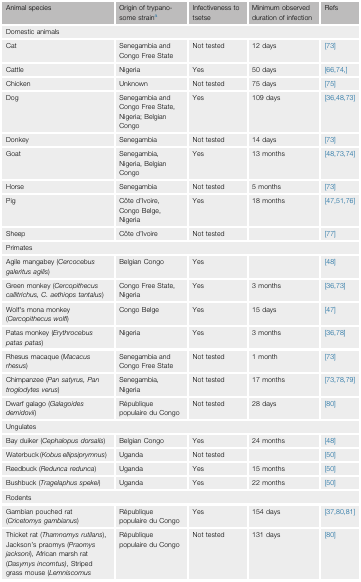
<table><thead><tr><td><b>Animal species</b></td><td><b>Origin of trypanosome straina</b></td><td><b>Infectiveness to tsetse</b></td><td><b>Minimum observed duration of infection</b></td><td><b>Refs</b></td></tr></thead><tbody><tr><td colspan="5">Domestic animals</td></tr><tr><td>Cat</td><td>Senegambia and Congo Free State</td><td>Not tested</td><td>12 days</td><td>[73]</td></tr><tr><td>Cattle</td><td>Nigeria</td><td>Yes</td><td>50 days</td><td>66, 74</td></tr><tr><td>Chicken</td><td>Unknown</td><td>Not tested</td><td>75 days</td><td>[75]</td></tr><tr><td>Dog</td><td>Senegambia and Congo Free State, Nigeria; Belgian Congo</td><td>Yes</td><td>109 days</td><td>36, 48, 73</td></tr><tr><td>Donkey</td><td>Senegambia</td><td>Not tested</td><td>14 days</td><td>[73]</td></tr><tr><td>Goat</td><td>Senegambia, Nigeria, Belgian Congo</td><td>Yes</td><td>13 months</td><td>48, 73, 74</td></tr><tr><td>Horse</td><td>Senegambia</td><td>Not tested</td><td>5 months</td><td>[73]</td></tr><tr><td>Pig</td><td>Côte d’Ivoire, Congo Belge, Nigeria</td><td>Yes</td><td>18 months</td><td>47, 51, 76</td></tr><tr><td>Sheep</td><td>Côte d’Ivoire</td><td>Not tested</td><td></td><td>[77]</td></tr><tr><td colspan="5">Primates</td></tr><tr><td>Agile mangabey (<i>Cercocebus galeritus agilis</i>)</td><td>Belgian Congo</td><td>Yes</td><td></td><td>[48]</td></tr><tr><td>Green monkey (<i>Cercopithecus callitrichus, C. aethiops tantalus</i>)</td><td>Congo Free State, Nigeria</td><td>Yes</td><td>3 months</td><td>36, 73</td></tr><tr><td>Wolf&#x27;s mona monkey (<i>Cercopithecus wolfi</i>)</td><td>Congo Belge</td><td>Yes</td><td>15 days</td><td>[47]</td></tr><tr><td>Patas monkey (<i>Erythrocebus patas patas</i>)</td><td>Nigeria</td><td>Yes</td><td>3 months</td><td>36, 78</td></tr><tr><td>Rhesus macaque (<i>Macacus rhesus</i>)</td><td>Senegambia and Congo Free State</td><td>Not tested</td><td>1 month</td><td>[73]</td></tr><tr><td>Chimpanzee (<i>Pan satyrus, Pan troglodytes verus</i>)</td><td>Senegambia, Nigeria</td><td>Not tested</td><td>17 months</td><td>73, 78, 79</td></tr><tr><td>Dwarf galago (<i>Galagoides demidovii</i>)</td><td>République populaire du Congo</td><td>Not tested</td><td>28 days</td><td>[80]</td></tr><tr><td colspan="5">Ungulates</td></tr><tr><td>Bay duiker (<i>Cephalopus dorsalis</i>)</td><td>Belgian Congo</td><td>Yes</td><td>24 months</td><td>[48]</td></tr><tr><td>Waterbuck (<i>Kobus ellipsiprymnus</i>)</td><td>Uganda</td><td>Not tested</td><td></td><td>[50]</td></tr><tr><td>Reedbuck (<i>Redunca redunca</i>)</td><td>Uganda</td><td>Yes</td><td>15 months</td><td>[50]</td></tr><tr><td>Bushbuck (<i>Tragelaphus spekei</i>)</td><td>Uganda</td><td>Yes</td><td>22 months</td><td>[50]</td></tr><tr><td colspan="5">Rodents</td></tr><tr><td>Gambian pouched rat (<i>Cricetomys gambianus</i>)</td><td>République populaire du Congo</td><td>Yes</td><td>154 days</td><td>37, 80, 81</td></tr><tr><td>Thicket rat (<i>Thamnomys rutilans</i>), Jackson’s praomys (<i>Praomys jacksoni</i>), African marsh rat (<i>Dasymys incomtus)</i>, Striped grass mouse (<i>Lemniscomus striatus</i>), Rusty-nosed rat (<i>Cenomys hypoxanthus</i>), African brush-tailed porcupine (<i>Atherurus africanus</i>)</td><td>République populaire du Congo</td><td>Not tested</td><td>131 days</td><td>[80]</td></tr></tbody></table>